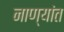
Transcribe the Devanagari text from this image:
नाण्यांत